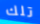
تلك